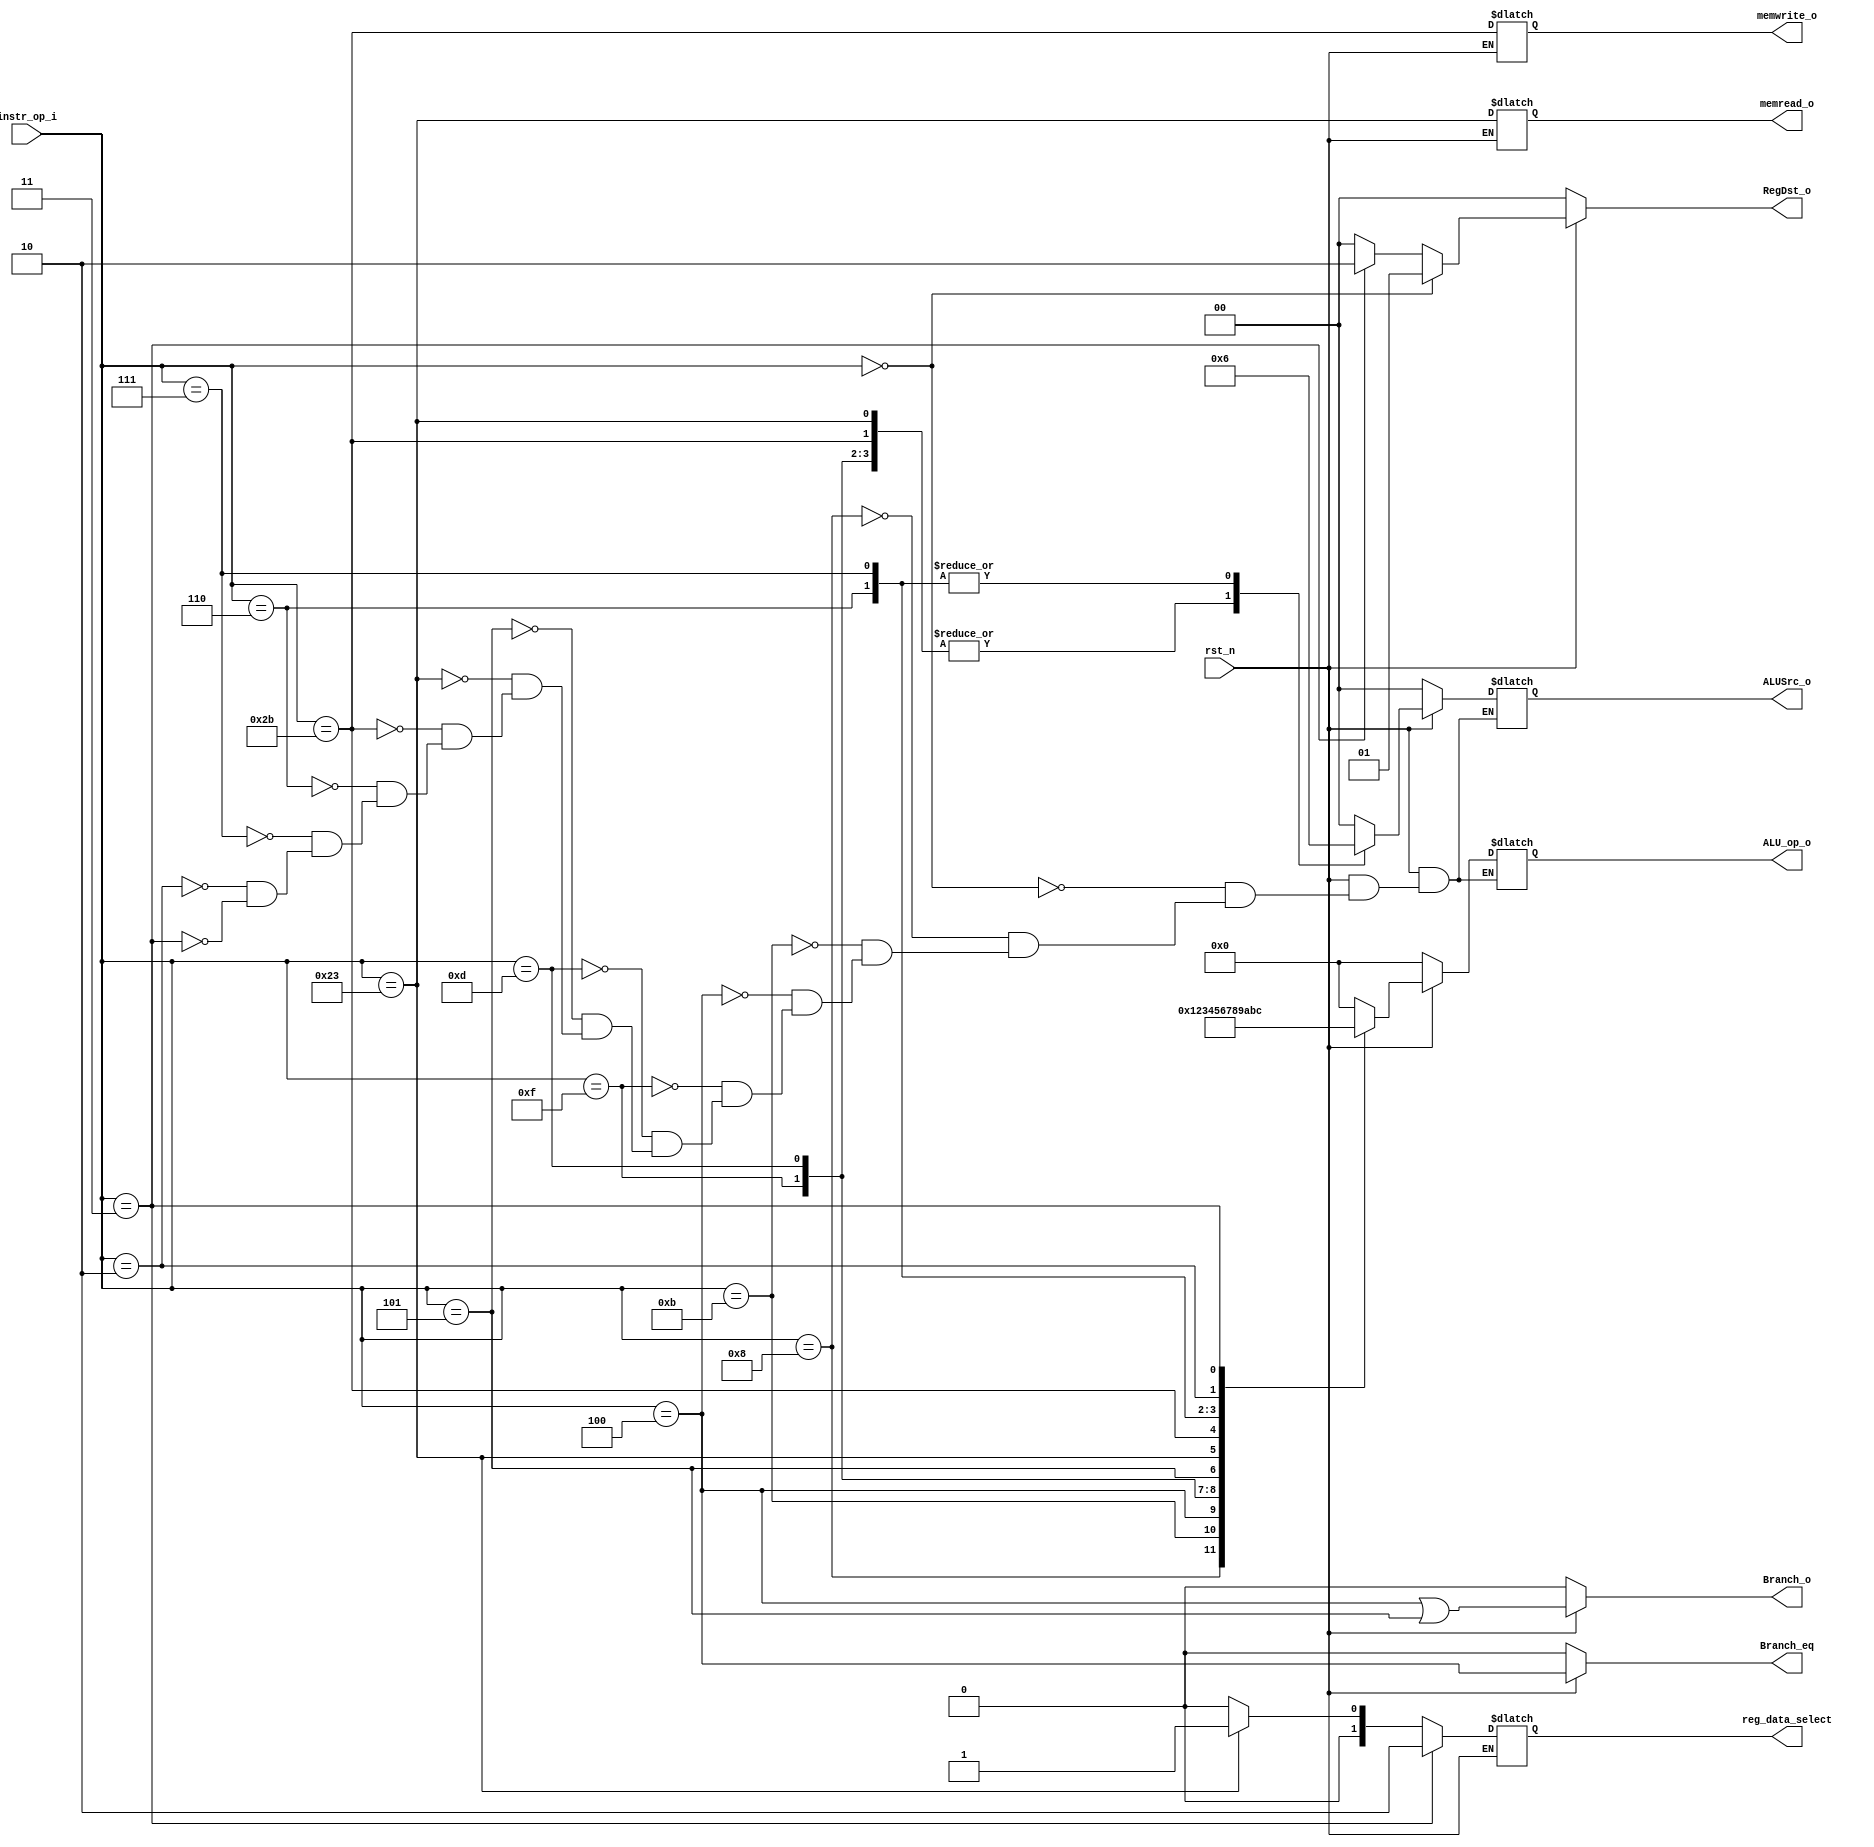

module Decoder(
    rst_n,
    instr_op_i,
    reg_data_select,
    memread_o,
    memwrite_o,
    ALU_op_o,
    ALUSrc_o,
    RegDst_o,
    Branch_o,
    Branch_eq
    );

//I/O ports
input  [6-1:0] instr_op_i;
input rst_n;


output reg[4-1:0] ALU_op_o = 0;
output reg[2-1:0] ALUSrc_o = 0;
output reg[2-1:0] RegDst_o = 0;
output reg        Branch_o = 0;
output reg        Branch_eq = 0;

output reg        memread_o = 0;
output reg        memwrite_o = 0;
output reg[2-1:0] reg_data_select = 0;

//ALUOP for decoder
localparam[4-1:0] R_TYPE=0, ADDI=1, SLTIU=2, 
                  BEQ=3, LUI=4, ORI=5, BNE=6,
                  LW=7, SW=8, BLEZ=9, BGTZ=10,
                  J=11, JAL=12;


//begin logic

always@(*) begin

    if(rst_n) begin
        if(instr_op_i == 6'b000000) begin
            RegDst_o = 2'b01;
        end
        else if(instr_op_i == 6'b000011) begin
            RegDst_o = 2'b10;
        end
        else begin
            RegDst_o = 2'b00;
        end

        if(instr_op_i == 6'b000011) begin
            reg_data_select = 2'b10;
        end
        else if(instr_op_i == 6'b100011) begin
            reg_data_select = 2'b01;
        end
        else begin
            reg_data_select = 2'b00;
        end

        
        
        Branch_o = (instr_op_i == 6'b000100 || instr_op_i == 6'b000101);
        Branch_eq = (instr_op_i == 6'b000100);        
        memread_o = (instr_op_i == 6'b100011);
        memwrite_o = (instr_op_i == 6'b101011);
        case (instr_op_i)
            6'b000000: begin
                ALU_op_o = R_TYPE;
                ALUSrc_o = 0;                
                
            end
            6'b001000: begin
                ALU_op_o = ADDI;
                ALUSrc_o = 1;                
                
            end
            6'b001011: begin
                ALU_op_o = SLTIU;
                ALUSrc_o = 1;                
                
            end
            6'b000100: begin
                ALU_op_o = BEQ;
                ALUSrc_o = 0;                
                
            end
            6'b001111: begin
                ALU_op_o = LUI;
                ALUSrc_o = 1;                
                
            end
            6'b001101: begin
                ALU_op_o = ORI;
                ALUSrc_o = 1;                
                
            end
            6'b000101: begin
                ALU_op_o = BNE;
                ALUSrc_o = 0;                
                
            end
            6'b100011: begin
                ALU_op_o = LW;
                ALUSrc_o = 1;                
                
            end
            6'b101011: begin
                ALU_op_o = SW;
                ALUSrc_o = 1;                
                
            end
            6'b000110: begin
                ALU_op_o = BLEZ;
                ALUSrc_o = 2;                
                
            end
            6'b000111: begin
                ALU_op_o = BGTZ;
                ALUSrc_o = 2;                
                
            end
            
            6'b000010: begin
                ALU_op_o = J;
                ALUSrc_o = 0;                
                
            end
            6'b000011: begin
                ALU_op_o = JAL;
                ALUSrc_o = 0;                
                
            end
            

            default:;                                             
        endcase
    


    end else begin
        
        ALU_op_o = 0;
        ALUSrc_o = 0;
        RegDst_o = 0;
        Branch_o = 0;
        Branch_eq = 0;

    end

    
    

end

endmodule